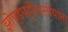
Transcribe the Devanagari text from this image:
झोपडपट्टीवासीयांना